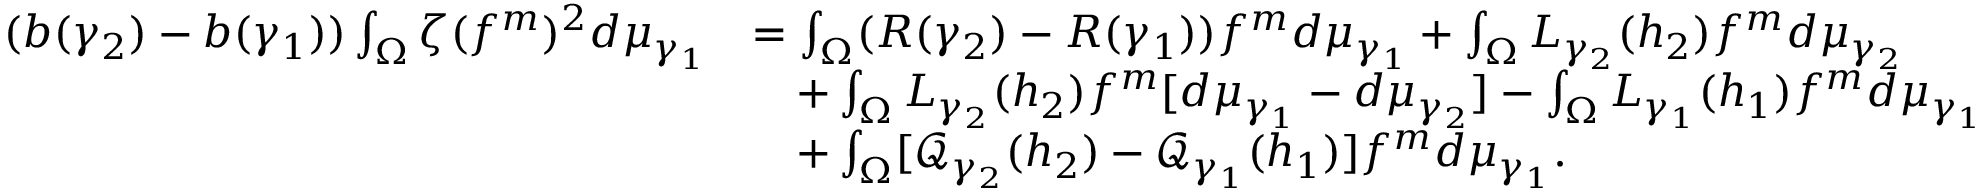
\begin{array} { r l } { ( b ( \gamma _ { 2 } ) - b ( \gamma _ { 1 } ) ) \int _ { \Omega } \zeta ( f ^ { m } ) ^ { 2 } d \mu _ { \gamma _ { 1 } } } & { = \int _ { \Omega } ( R ( \gamma _ { 2 } ) - R ( \gamma _ { 1 } ) ) f ^ { m } d \mu _ { \gamma _ { 1 } } + \int _ { \Omega } L _ { \gamma _ { 2 } } ( h _ { 2 } ) f ^ { m } d \mu _ { \gamma _ { 2 } } } \\ & { \quad + \int _ { \Omega } L _ { \gamma _ { 2 } } ( h _ { 2 } ) f ^ { m } [ d \mu _ { \gamma _ { 1 } } - d \mu _ { \gamma _ { 2 } } ] - \int _ { \Omega } L _ { \gamma _ { 1 } } ( h _ { 1 } ) f ^ { m } d \mu _ { \gamma _ { 1 } } } \\ & { \quad + \int _ { \Omega } [ \mathcal Q _ { \gamma _ { 2 } } ( h _ { 2 } ) - \mathcal Q _ { \gamma _ { 1 } } ( h _ { 1 } ) ] f ^ { m } d \mu _ { \gamma _ { 1 } } . } \end{array}